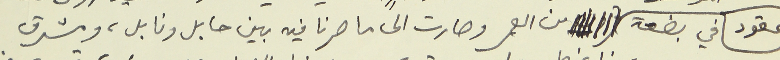
عقود في بضعة              من العمر وصارت الى ما صرنا فيه بين حابل ونابل، ومشرق